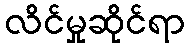
လိင်မှုဆိုင်ရာ